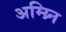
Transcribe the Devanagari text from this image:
अम्य्र्नि